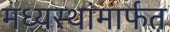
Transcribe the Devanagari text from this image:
मध्यस्थांमार्फत